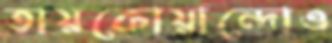
তায়কোয়ান্দোও